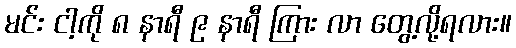
မင်း ငါ့ကို ၈ နာရီ ၉ နာရီ ကြား လာ တွေ့လို့ရလား။